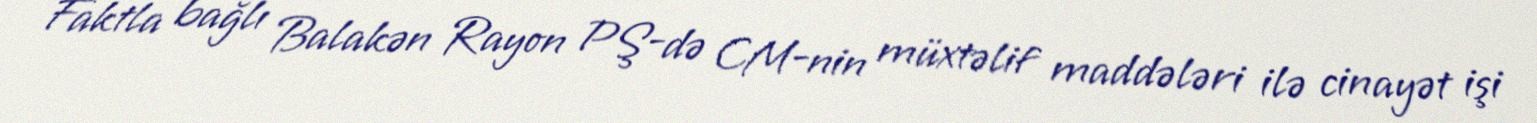
Faktla bağlı Balakən Rayon PŞ-də CM-nin müxtəlif maddələri ilə cinayət işi